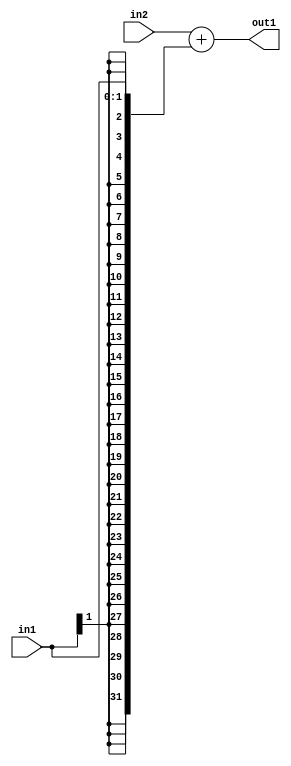
`timescale 1ps / 1ps
/*****************************************************************************
    Verilog RTL Description
    
    
    Created by: Stratus DpOpt 2019.1.01 
*******************************************************************************/

module DC_Filter_Add_32Sx2S_32S_1 (
	in2,
	in1,
	out1
	); /* architecture "behavioural" */ 
input [31:0] in2;
input [1:0] in1;
output [31:0] out1;
wire [31:0] asc001;

assign asc001 = 
	+(in2)
	+({{30{in1[1]}}, in1});

assign out1 = asc001;
endmodule

/* CADENCE  ubL0Sw8= : u9/ySgnWtBlWxVPRXgAZ4Og= ** DO NOT EDIT THIS LINE ******/